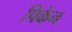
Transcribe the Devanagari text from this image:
पिकेन